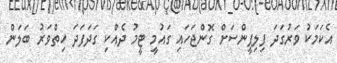
އެކަމަކު ވަރުގަދަ ފިލިޕީންސަށް ގޮންޖަހައި ގައުމީ ޓީމު ދެއްކި ގަދަފަދަ ހިތްވަރު ބަލަން